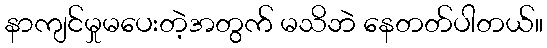
နာကျင်မှုမပေးတဲ့အတွက် မသိဘဲ နေတတ်ပါတယ်။